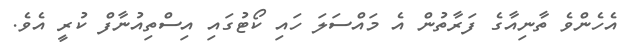
އެހެންވެ ތާނިއާގެ ފަރާތުން އެ މައްސަލަ ހައި ކޯޓުގައި އިސްތިއުނާފް ކުރީ އެވެ.